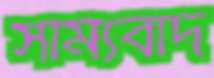
সাম্যবাদ